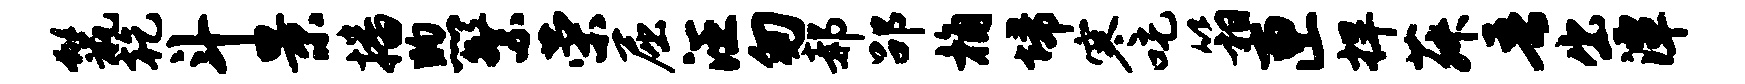
鬣乾斗景播煦繁荣屈汪匆郝劭桷埽寒吒箱匣捍菽吾出潭